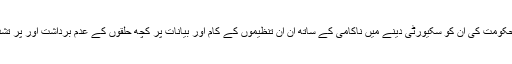
تاہم ان تنظیموں کے لیے عدم تحفظ کی صورتحال اور حکومت کی ان کو سکیورٹی دینے میں ناکامی کے ساتھ ان ان تنظیموں کے کام اور بیانات پر کچھ حلقوں کے عدم برداشت اور پر تشدد رد عمل کی وجے سے مبصرین خاصے پریشان ہیں۔